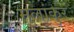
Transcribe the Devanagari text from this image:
मुलांकुर